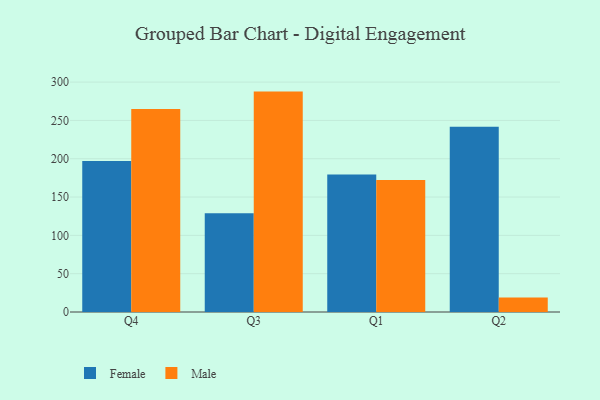
{"axis": {"x": "Quarter", "y": "Page Views"}, "legend": ["Female", "Male"], "data": [{"x": "Q4", "y": 197.1, "type": "Female"}, {"x": "Q4", "y": 264.8, "type": "Male"}, {"x": "Q3", "y": 129.0, "type": "Female"}, {"x": "Q3", "y": 287.6, "type": "Male"}, {"x": "Q1", "y": 179.3, "type": "Female"}, {"x": "Q1", "y": 172.4, "type": "Male"}, {"x": "Q2", "y": 241.6, "type": "Female"}, {"x": "Q2", "y": 18.8, "type": "Male"}]}